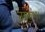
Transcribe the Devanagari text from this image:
तरकश।